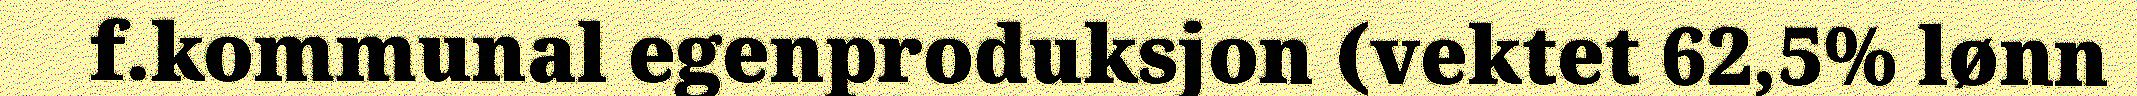
f.kommunal egenproduksjon (vektet 62,5% lønn